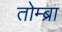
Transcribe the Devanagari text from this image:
तोम्ब्रा